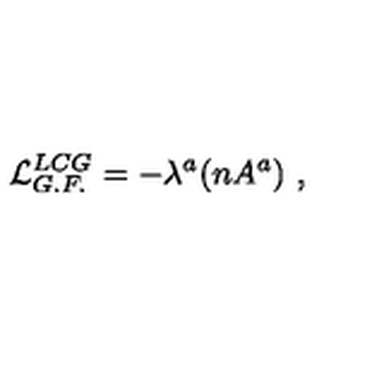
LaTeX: { \cal L } _ { G . F . } ^ { L C G } = - \lambda ^ { a } ( n A ^ { a } ) \ ,